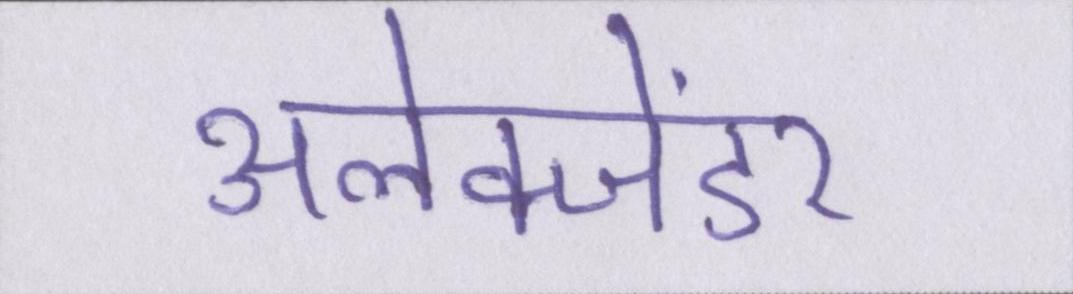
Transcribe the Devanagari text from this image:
अलेक्जेंडर